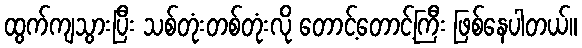
ထွက်ကျသွားပြီး သစ်တုံးတစ်တုံးလို တောင့်တောင့်ကြီး ဖြစ်နေပါတယ်။